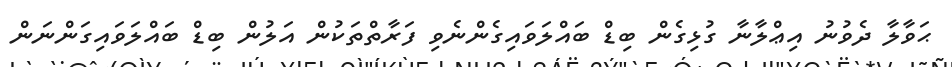
ޙަވާލާ ދެވުނު އިޢްލާނާ ގުޅިގެން ބިޑް ބައްލަވައިގެންނެވި ފަރާތްތަކުން އަލުން ބިޑް ބައްލަވައިގަންނަން